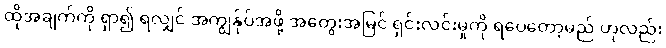
ထိုအချက်ကို ရှာ၍ ရလျှင် အကျွန်ုပ်အဖို့ အတွေးအမြင် ရှင်းလင်းမှုကို ရပေတော့မည် ဟုလည်း